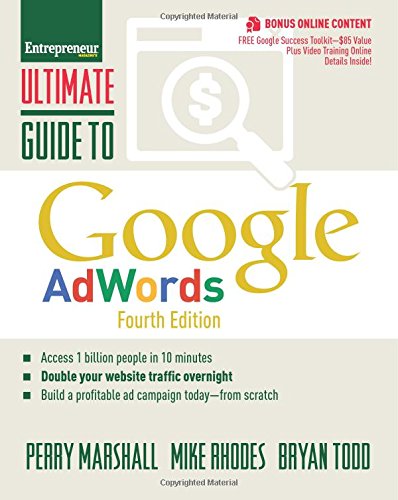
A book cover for Ultimate Guide to Google AdWords: How to Access 1 Billion People in 10 Minutes (Ultimate Series); Perry Marshall; Computers & Technology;